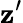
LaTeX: \mathbf{z}^{\prime}